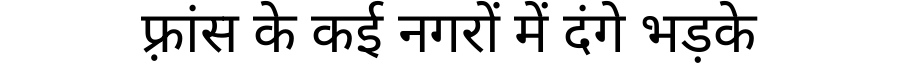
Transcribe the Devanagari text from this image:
फ़्रांस के कई नगरों में दंगे भड़के